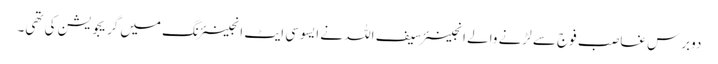
دوبرس غاصب فوج سے لڑنے والے انجینئر سیف اللہ نے ایسوسی ایٹ انجینئرنگ میں گریجویشن کی تھی۔